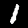
Digit: 1